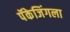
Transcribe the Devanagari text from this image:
पॅकेजिंगला